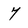
Character: 7